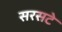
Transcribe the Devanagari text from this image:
सरसटे